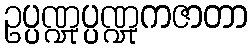
ဥပ္ပဏ္ဍုပ္ပဏ္ဍုကဇာတာ